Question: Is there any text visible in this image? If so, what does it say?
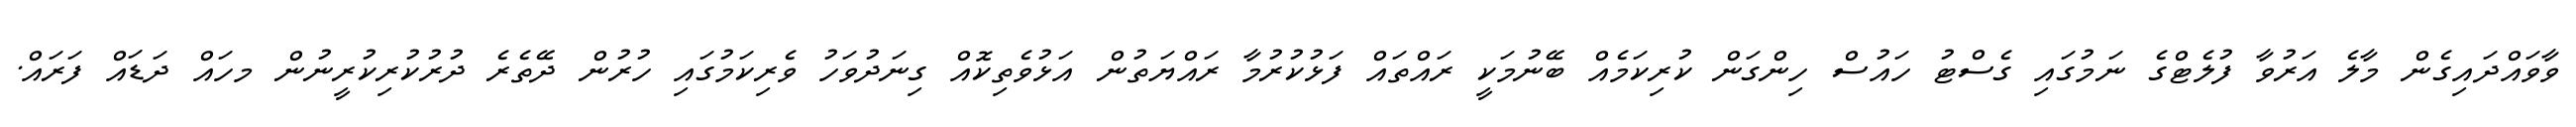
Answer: ވާވައްދައިގެން މާލެ އަރުވާ ފުލެޓްގެ ނަމުގައި ގެސްޓު ހައުސް ހިންގަން ކުރިކަމެއް ބޭނުމަކީ ރައްތައް ފަޅުކުރުމާ ރައްޔަތުން އަޅުވެތިކޮއް ގިނަދުވަހު ވެރިކަމުގައި ހުރުން ދޭތެރެ ދުރުކުރިކުރީނުން މހައް ދަޑައް ފަރައް.